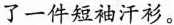
了一件短袖汗衫。